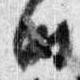
時